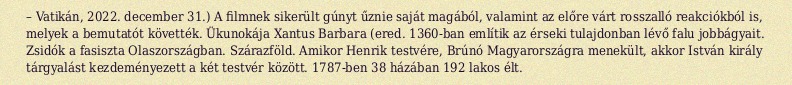
– Vatikán, 2022. december 31.) A filmnek sikerült gúnyt űznie saját magából, valamint az előre várt rosszalló reakciókból is, melyek a bemutatót követték. Ükunokája Xantus Barbara (ered. 1360-ban említik az érseki tulajdonban lévő falu jobbágyait. Zsidók a fasiszta Olaszországban. Szárazföld. Amikor Henrik testvére, Brúnó Magyarországra menekült, akkor István király tárgyalást kezdeményezett a két testvér között. 1787-ben 38 házában 192 lakos élt.